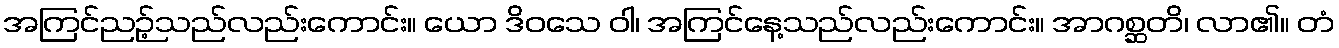
အကြင်ညဉ့်သည်လည်းကောင်း။ ယော ဒိဝသေ ဝါ၊ အကြင်နေ့သည်လည်းကောင်း။ အာဂစ္ဆတိ၊ လာ၏။ တံ